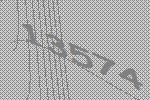
13574